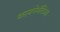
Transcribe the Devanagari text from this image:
कायनेमॅटिक्स